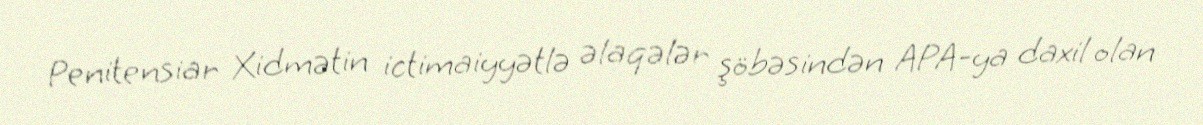
Penitensiar Xidmətin ictimaiyyətlə əlaqələr şöbəsindən APA-ya daxil olan